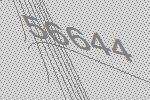
56644